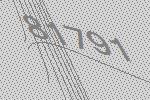
81791